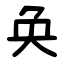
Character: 奂